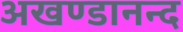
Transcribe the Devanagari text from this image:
अखण्डानन्द